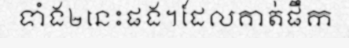
ទាំង២នេះផង។ដែលគាត់ផឹក